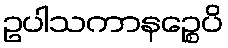
ဥပါသကာနဉ္စေပိ